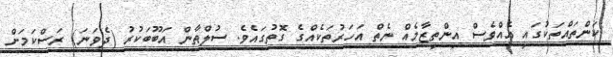
ކަންތައްތަކުގައި އެއްވެސް އިންތިޒާމެއް ނެތް އަހަރުތަކެއްގެ ގޮތުގައެވެ. ސުލްޠާން އަބޫބަކުރު (ދެވަނަ) ރަސްކަމަށް